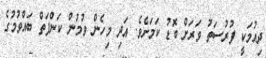
ދިއުމަކީ ފުރުސަތު ވަރަށް ބޮޑު ކަމަށެވެ. އަދި މިހެން ވުމުން ކަންފަތް ބައްވުމުގެ